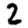
Digit: 2